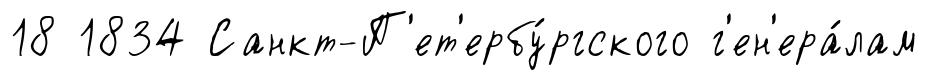
18 1834 Санкт-П'ет'ербу́ргского г'ен'ера́лам